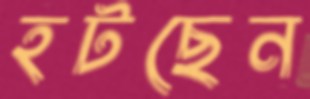
হটছেন